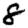
Digit: 8